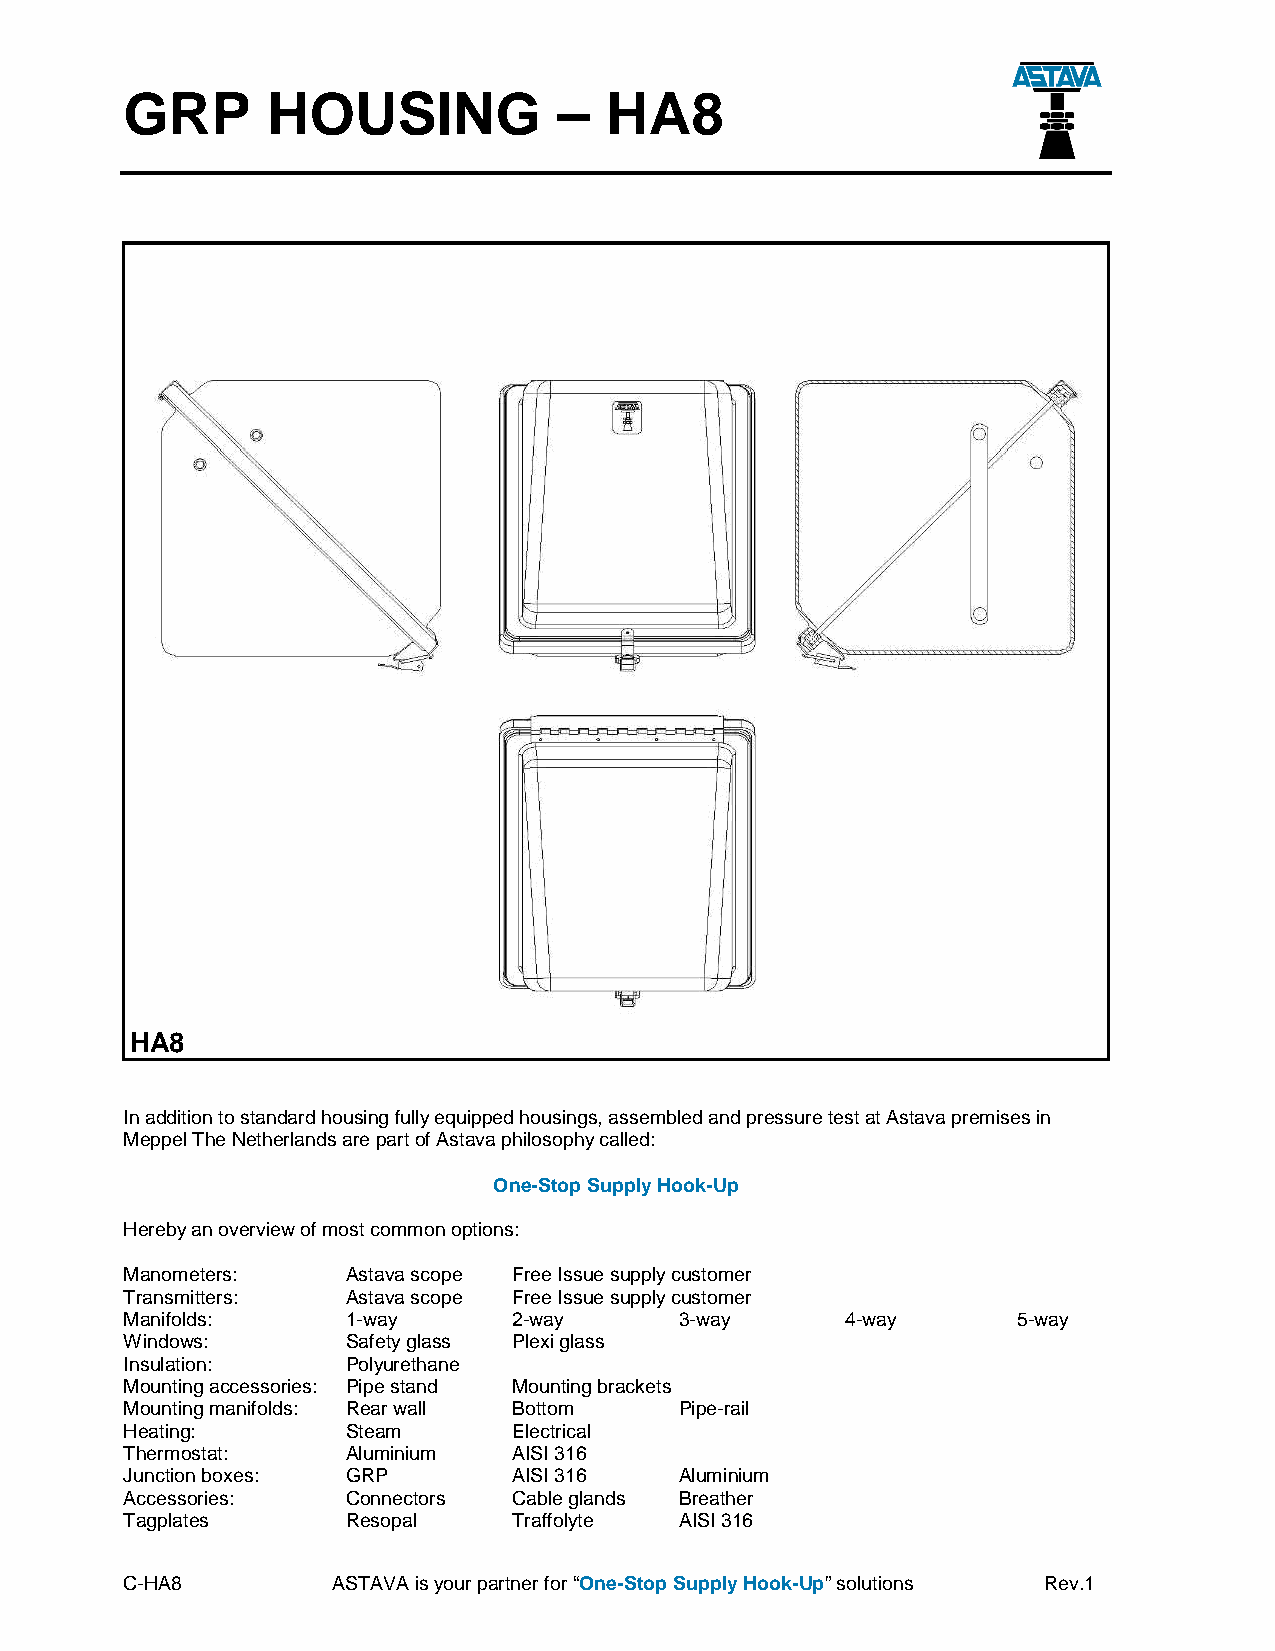
GRP       HOUSING            –  HA8
 HA8
 In addition to standard housing fully equipped housings, assembled and pressure test at Astava premises in
 Meppel The Netherlands are part of Astava philosophy called:
 One-Stop Supply Hook-Up
 Hereby an overview of most common options:
 Manometers:    Astava scope Free Issue supply customer
 Transmitters:  Astava scope Free Issue supply customer
 Manifolds:     1-way      2-way      3-way      4-way      5-way
 Windows:       Safety glass Plexi glass
 Insulation:    Polyurethane
 Mounting accessories: Pipe stand Mounting brackets
 Mounting manifolds: Rear wall Bottom Pipe-rail
 Heating:       Steam      Electrical
 Thermostat:    Aluminium  AISI 316
 Junction boxes: GRP       AISI 316   Aluminium
 Accessories:   Connectors Cable glands Breather
 Tagplates      Resopal    Traffolyte AISI 316
 C-HA8         ASTAVA is your partner for “One-Stop Supply Hook-Up” solutions Rev.1